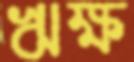
ঋক্ষ